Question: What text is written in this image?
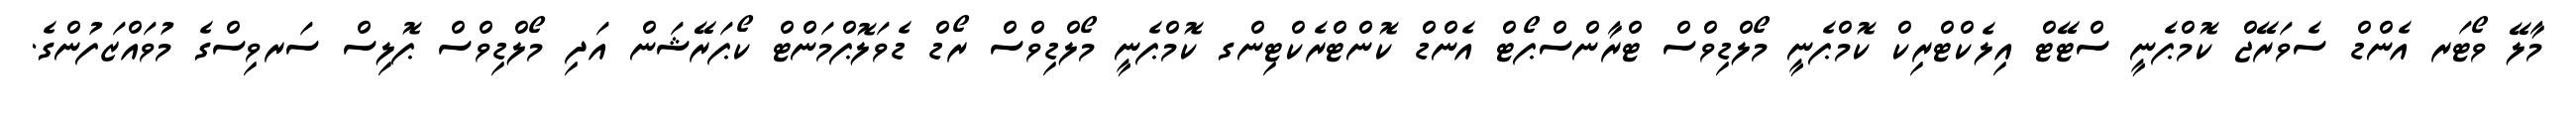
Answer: މާލޭ ވޯޓަރ އެންޑް ސެވަރޭޖް ކޮމްޕެނީ ސްޓޭޓް އިލެކްޓްރިކް ކޮމްޕެނީ މޯލްޑިވްސް ޓްރާންސްޕޯޓް އެންޑް ކޮންޓްރެކްޓިންގ ކޮމްޕެނީ މޯލްޑިވްސް ރޯޑް ޑެވަލޮޕްމަންޓް ކޯޕަރޭޝަން އަދި މޯލްޑިވްސް ޕޮލިސް ސަރވިސްގެ މުވައްޒަފުންގެ.